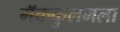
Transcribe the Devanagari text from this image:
मॅककुलमला